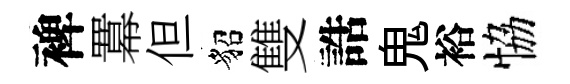
裨羃但貂雙誥鬼裕恊